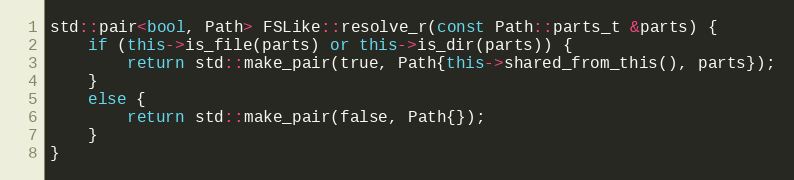
Language: C++
std::pair<bool, Path> FSLike::resolve_r(const Path::parts_t &parts) {
	if (this->is_file(parts) or this->is_dir(parts)) {
		return std::make_pair(true, Path{this->shared_from_this(), parts});
	}
	else {
		return std::make_pair(false, Path{});
	}
}